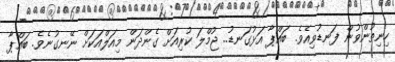
ހިނިތުންވުން ފަނޑުވިއެވެ. ބައްޕާ އަޅުގަނޑު.. ޖުމްލަ ކުރިއަށް ގެންދަން މިއަލްއަކަށް ނޭނގުނެވެ. ބައްޕާ